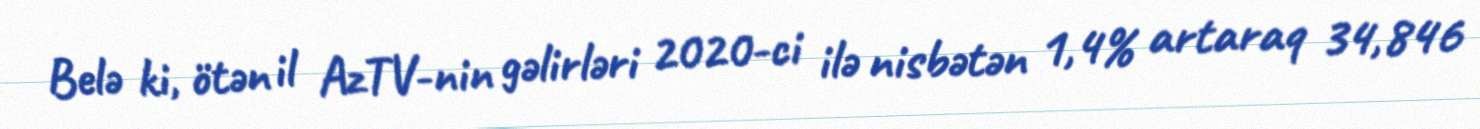
Belə ki, ötən il AzTV-nin gəlirləri 2020-ci ilə nisbətən 1,4% artaraq 34,846